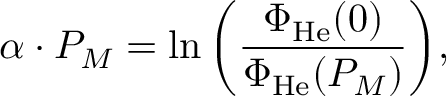
\alpha \cdot P _ { M } = \ln { \left( \frac { \Phi _ { \mathrm { H e } } ( 0 ) } { \Phi _ { \mathrm { H e } } ( P _ { M } ) } \right) } ,